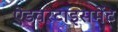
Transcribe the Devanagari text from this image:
ऐडवरटाइसमेंट